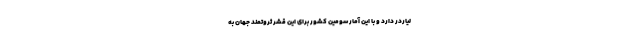
لیاردر دارد و با این آمار سومین کشور برای این قشر ثروتمند جهان به